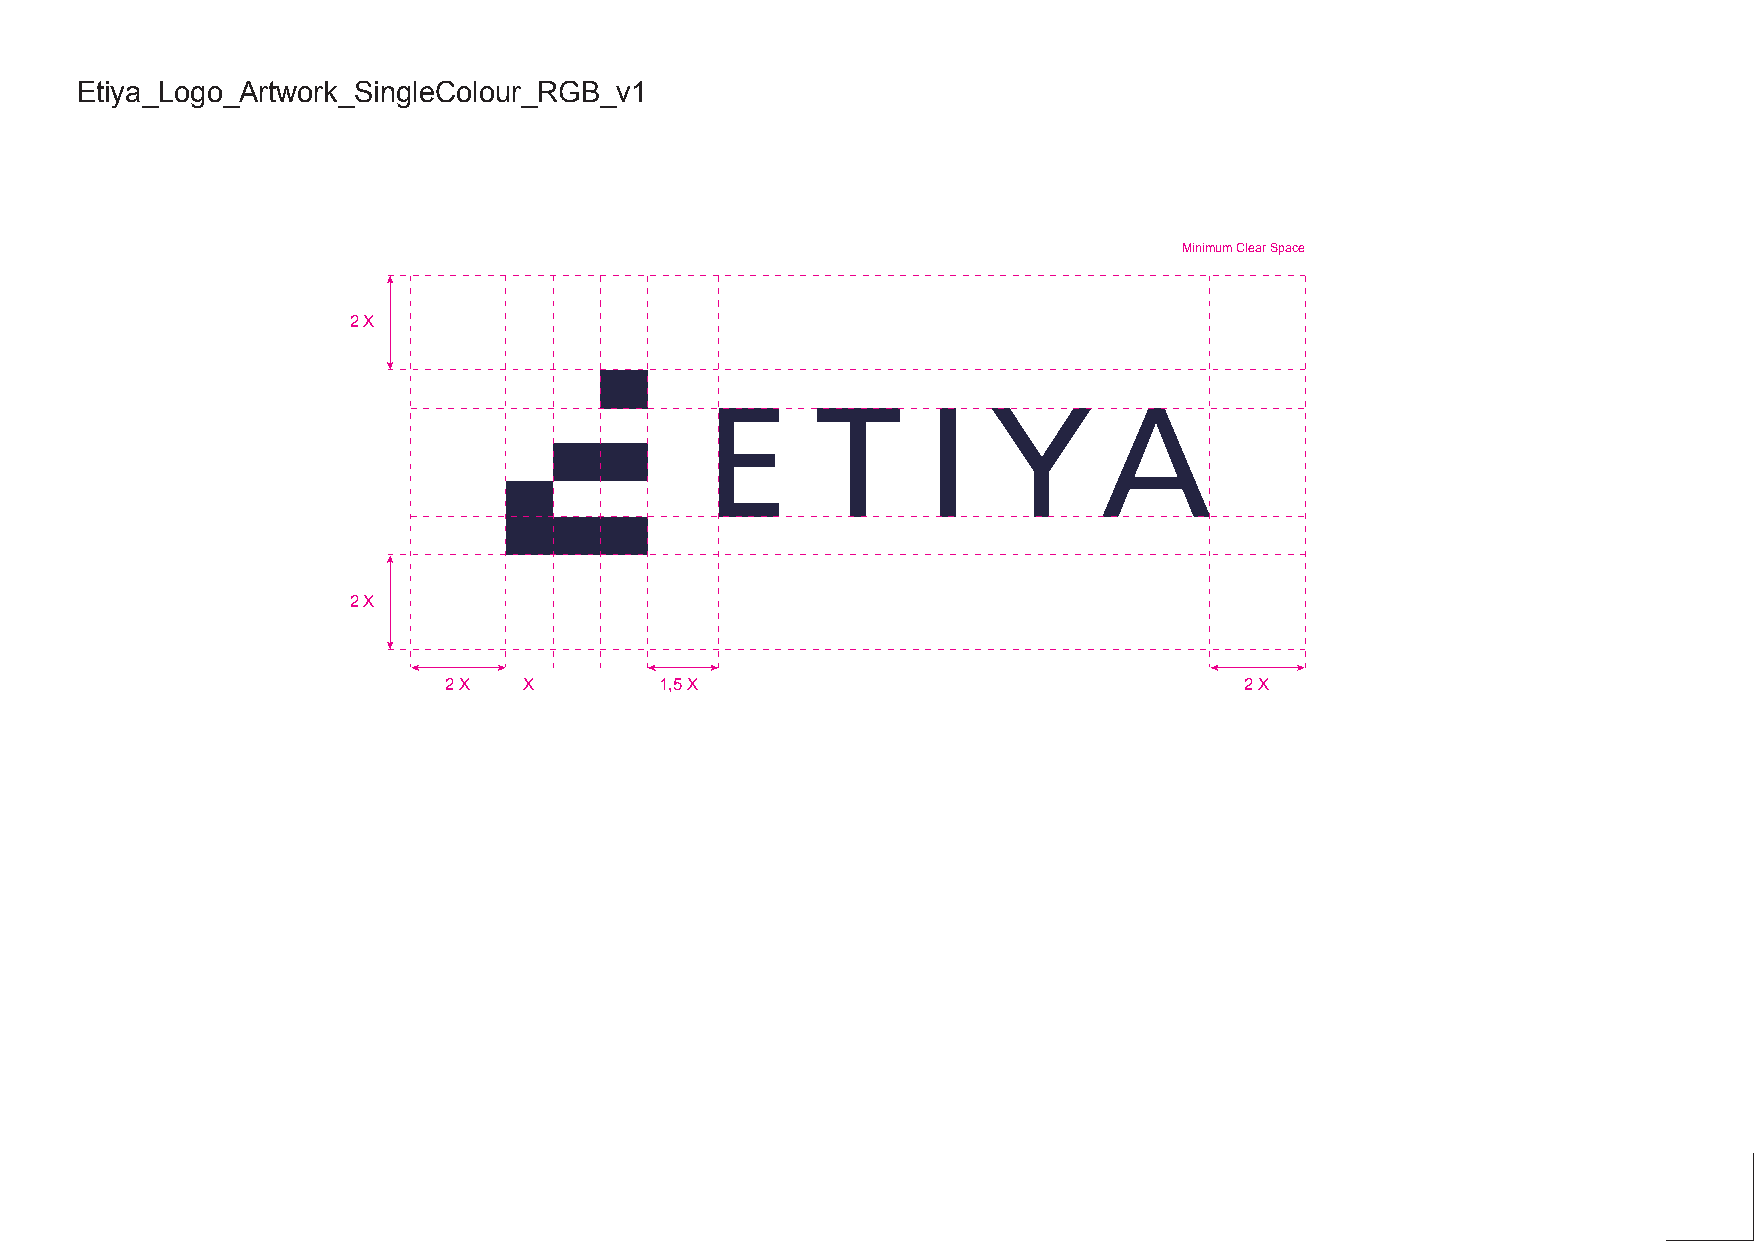
Etiya_Logo_Artwork_SingleColour_RGB_v1
 Minimum Clear Space
 2 X
 2 X
 2 X   X        1,5 X                                 2 X